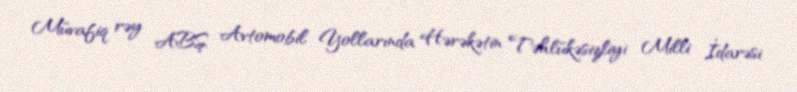
Müvafiq rəy ABŞ Avtomobil Yollarında Hərəkətin Təhlükəsizliyi Milli İdarəsi